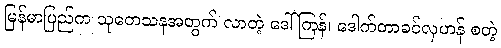
မြန်မာပြည်က သုတေသနအတွက် လာတဲ့ ဒေါ်ကြန်၊ ဒေါက်တာခင်လှဟန် စတဲ့